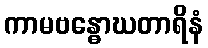
ကာမဗန္ဓောဃတာရိနံ